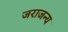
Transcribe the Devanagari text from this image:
जराजन्य